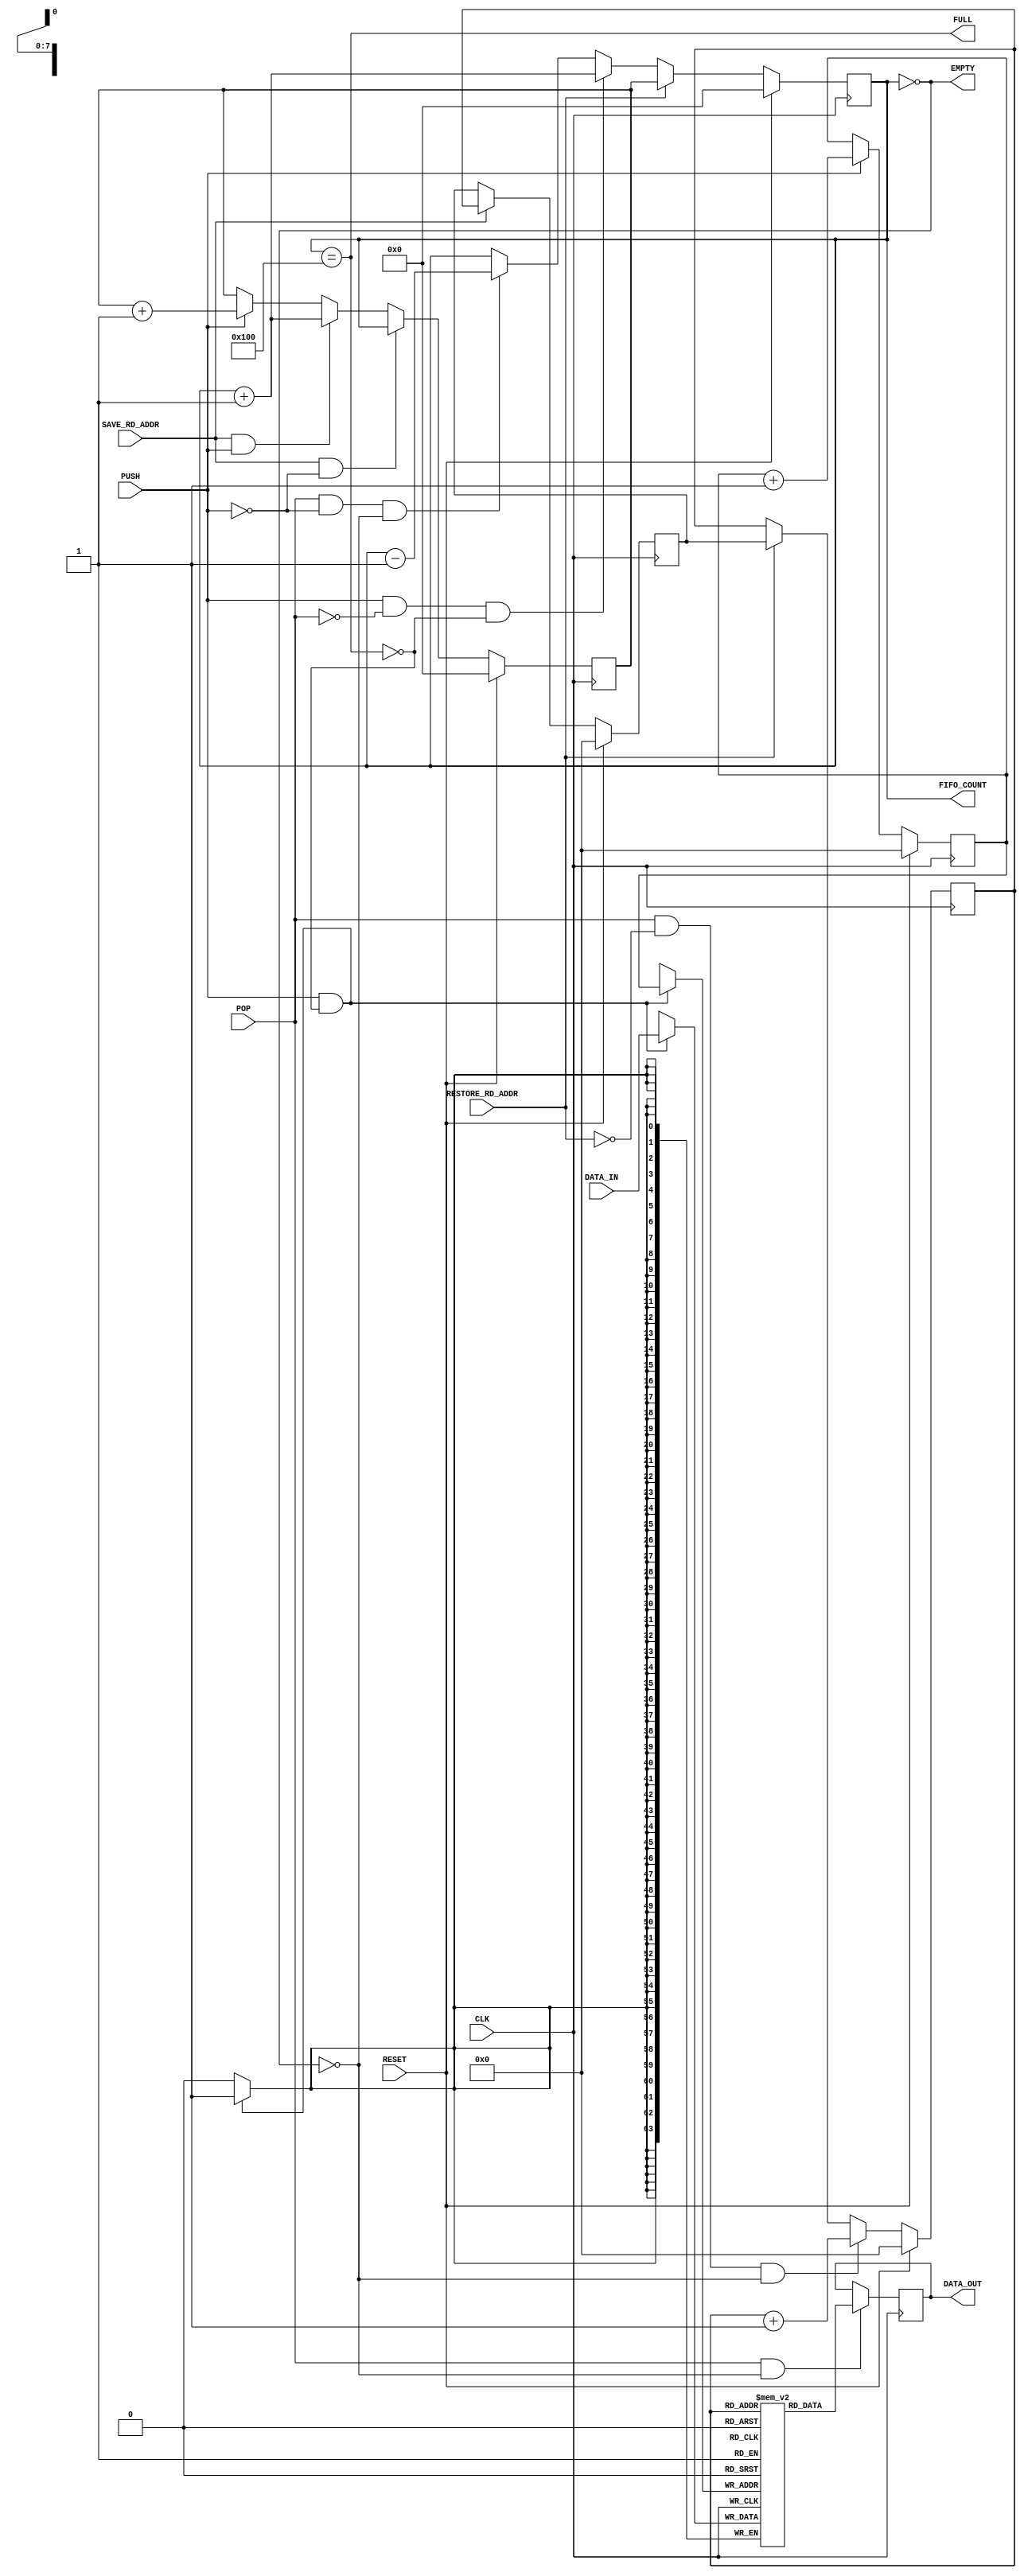
`timescale 1ns/1ps
module PE_buffer 
#(  // Parameters
    parameter   DATA_WIDTH          = 64,
    parameter   ADDR_WIDTH          = 8,
    parameter   RAM_DEPTH           = (1 << ADDR_WIDTH),
    parameter   TYPE                = "LUT"
)(  // Ports
    input  wire                         CLK,
    input  wire                         RESET,
    input  wire                         PUSH,
    input  wire                         POP,
    input  wire                         SAVE_RD_ADDR,
    input  wire                         RESTORE_RD_ADDR,
    input  wire [ DATA_WIDTH -1 : 0 ]   DATA_IN,
    output reg  [ DATA_WIDTH -1 : 0 ]   DATA_OUT,
    output reg                          EMPTY,
    output reg                          FULL,
    output reg  [ ADDR_WIDTH    : 0 ]   FIFO_COUNT
);    
 
// Port Declarations
// ******************************************************************
// Internal variables
// ******************************************************************
    reg     [ADDR_WIDTH-1:0]        wr_pointer;             //Write Pointer
    reg     [ADDR_WIDTH-1:0]        rd_pointer;             //Read Pointer
    reg     [ADDR_WIDTH-1:0]        rd_pointer_checkpoint;  //Read Pointer
    reg     [ADDR_WIDTH  :0]        fifo_count_checkpoint;  //Read Pointer
	(* ram_style = TYPE *)
    reg     [DATA_WIDTH-1:0]        mem[0:RAM_DEPTH-1];     //Memory
// ******************************************************************
// INSTANTIATIONS
// ******************************************************************

    always @ (FIFO_COUNT)
    begin : FIFO_STATUS
    	EMPTY   = (FIFO_COUNT == 0);
    	FULL    = (FIFO_COUNT == RAM_DEPTH);
    end
    
    always @ (posedge CLK)
    begin : FIFO_COUNTER
    	if (RESET)
    		FIFO_COUNT <= 0;

        else if (RESTORE_RD_ADDR)
            FIFO_COUNT <= fifo_count_checkpoint;
    	
    	else if (PUSH && !POP && !FULL)
    		FIFO_COUNT <= FIFO_COUNT + 1;
    		
    	else if (POP && !PUSH && !EMPTY)
    		FIFO_COUNT <= FIFO_COUNT - 1;
    end

    always @ (posedge CLK)
    begin : WRITE_PTR
    	if (RESET) begin
       		wr_pointer <= 0;
    	end 
        else if (PUSH) begin
    		wr_pointer <= wr_pointer + 1;
    	end
    end

    always @ (posedge CLK)
    begin : FIFO_COUNT_CHECKPOINT
        if (RESET) begin
            fifo_count_checkpoint <= 0;
        end else if (SAVE_RD_ADDR && !PUSH) begin
            fifo_count_checkpoint <= FIFO_COUNT;
        end else if (SAVE_RD_ADDR && PUSH) begin
            fifo_count_checkpoint <= FIFO_COUNT+1;
        end else if (PUSH) begin
            fifo_count_checkpoint <= fifo_count_checkpoint+1;
        end
    end

    always @ (posedge CLK)
    begin : SAVE_CHECKPOINT
        if (RESET) begin
            rd_pointer_checkpoint <= 0;
        end else if (SAVE_RD_ADDR) begin
            rd_pointer_checkpoint <= rd_pointer;
        end
    end
    
    always @ (posedge CLK)
    begin : READ_PTR
    	if (RESET) begin
    		rd_pointer <= 0;
    	end
        else if (POP && !RESTORE_RD_ADDR && !EMPTY) begin
    		rd_pointer <= rd_pointer + 1;
    	end
        else if (RESTORE_RD_ADDR) begin
            rd_pointer <= rd_pointer_checkpoint;
        end
    end
    
    always @ (posedge CLK)
    begin : WRITE
        if (PUSH && !FULL) begin
    		mem[wr_pointer] <= DATA_IN;
        end
    end
    
    always @ (posedge CLK)
    begin : READ
        if (RESET) begin
	    	DATA_OUT <= 0;
        end
        if (POP && !EMPTY) begin
    		DATA_OUT <= mem[rd_pointer];
        end
        else begin
    		DATA_OUT <= DATA_OUT;
        end
    end

endmodule